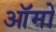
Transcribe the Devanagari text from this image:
ऑमो